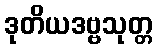
ဒုတိယဒဗ္ဗသုတ္တ